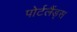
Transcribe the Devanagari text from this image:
पोर्टलैंड्स